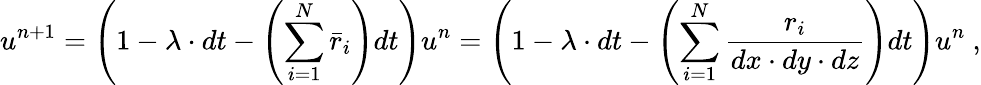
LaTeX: u^{n+1}=\left(1-\lambda\cdot dt-\left(\sum_{i=1}^{N}\bar{r}_{i}\right)dt\right)u^{n}=\left(1-\lambda\cdot dt-\left(\sum_{i=1}^{N}\frac{r_{i}}{dx\cdot dy\cdot dz}\right)dt\right)u^{n}\ ,